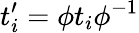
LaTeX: {t_{i}^{\prime}=\phi t_{i}\phi^{-1}}